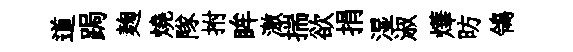
道跼麹燒隊拊眸激揣欲捐湿淑燁昉鴒